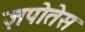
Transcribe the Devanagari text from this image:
ज़पोतेस